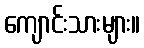
ကျောင်းသားများ။